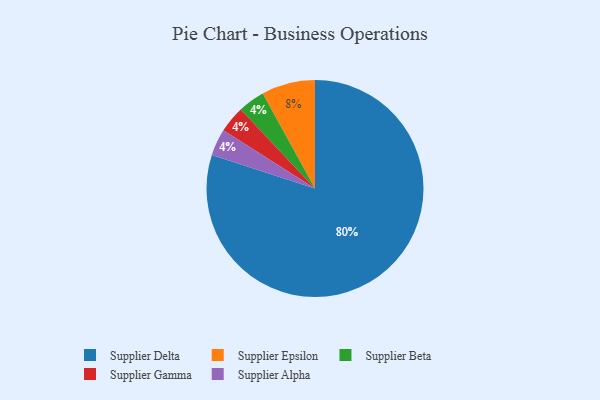
{"axis": {"x": "Category", "y": "Percentage"}, "legend": ["Supplier Alpha", "Supplier Beta", "Supplier Delta", "Supplier Epsilon", "Supplier Gamma"], "data": [{"x": "Supplier Delta", "y": 80, "type": "Supplier Delta"}, {"x": "Supplier Epsilon", "y": 8, "type": "Supplier Epsilon"}, {"x": "Supplier Beta", "y": 4, "type": "Supplier Beta"}, {"x": "Supplier Gamma", "y": 4, "type": "Supplier Gamma"}, {"x": "Supplier Alpha", "y": 4, "type": "Supplier Alpha"}]}